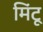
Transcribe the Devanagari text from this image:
मिंटू